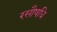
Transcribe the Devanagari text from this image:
रसौषधि